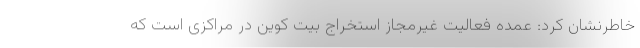
خاطرنشان کرد: عمده فعالیت غیرمجاز استخراج بیت کوین در مراکزی است که